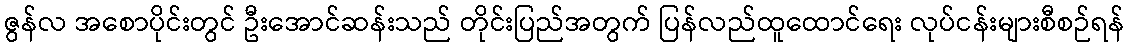
ဇွန်လ အစောပိုင်းတွင် ဦးအောင်ဆန်းသည် တိုင်းပြည်အတွက် ပြန်လည်ထူထောင်ရေး လုပ်ငန်းများစီစဉ်ရန်